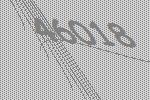
46018